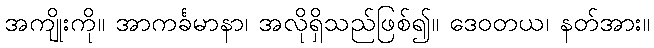
အကျိုးကို။ အာကင်္ခမာနာ၊ အလိုရှိသည်ဖြစ်၍။ ဒေဝတယ၊ နတ်အား။